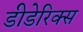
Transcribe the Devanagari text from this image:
डीडेरिक्स